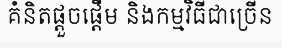
គំនិតផ្តួចផ្តើម និងកម្មវិធីជាច្រើន